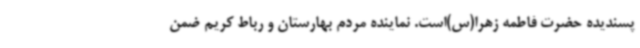
پسندیده حضرت فاطمه زهرا(س)است. نماینده مردم بهارستان و رباط کریم ضمن